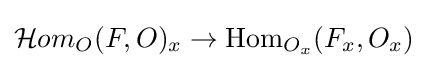
{\mathcal {H}}om_{O}(F,O)_{x}\to \operatorname {Hom} _{O_{x}}(F_{x},O_{x})